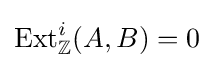
\operatorname {Ext} _{\mathbb {Z} }^{i}(A,B)=0